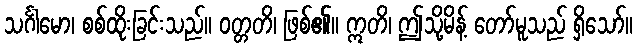
သင်္ဂါမော၊ စစ်ထိုးခြင်းသည်။ ဝတ္တတိ၊ ဖြစ်၏။ ဣတိ၊ ဤသို့မိန့် တော်မူသည် ရှိသော်။